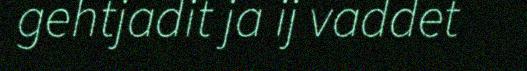
gehtjadit ja ij vaddet